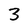
Character: 3